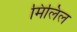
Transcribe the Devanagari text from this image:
मिलिल